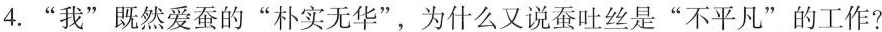
4.”我”既然爱蚕的”朴实无华”，为什么又说蚕吐丝是”不平凡”的工作?